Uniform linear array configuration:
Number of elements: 16
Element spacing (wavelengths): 0.5
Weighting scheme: blackman
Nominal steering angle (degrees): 60
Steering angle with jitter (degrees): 60.07
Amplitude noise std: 0.05
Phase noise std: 0.05

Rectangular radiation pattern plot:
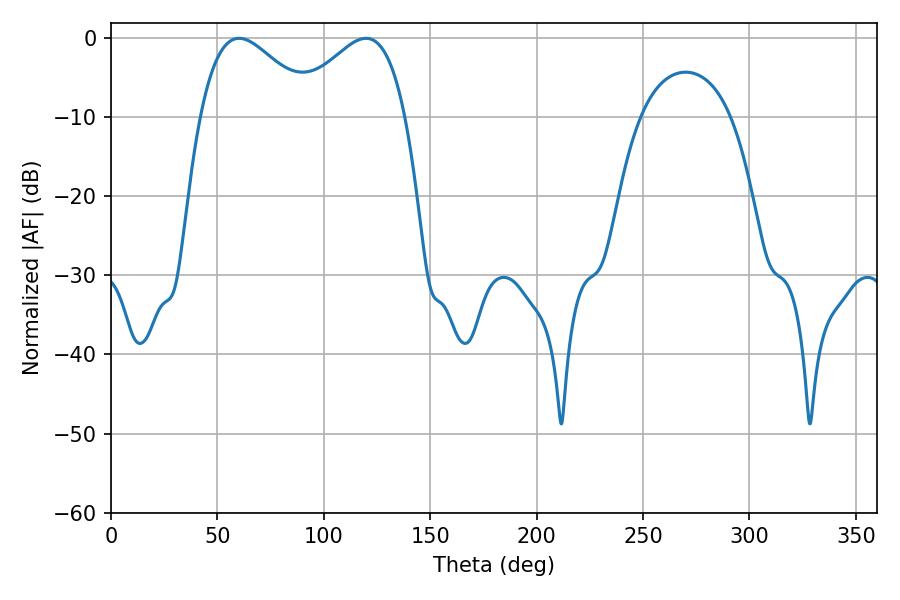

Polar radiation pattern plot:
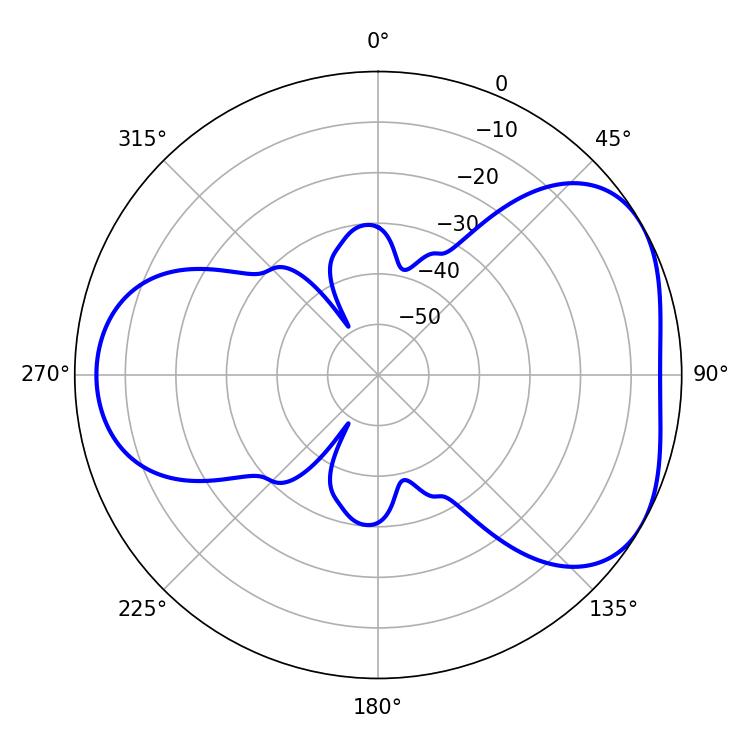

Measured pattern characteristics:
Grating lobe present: FALSE
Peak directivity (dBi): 4.406
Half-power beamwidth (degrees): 28.8
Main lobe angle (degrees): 60.12